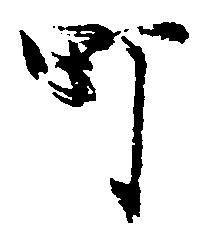
町